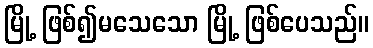
မြို့ ဖြစ်၍မသေသော မြို့ ဖြစ်ပေသည်။